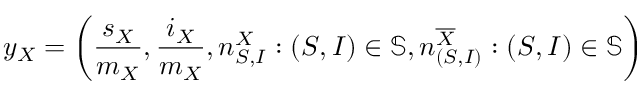
y _ { X } = \left( \frac { s _ { X } } { m _ { X } } , \frac { i _ { X } } { m _ { X } } , n _ { S , I } ^ { X } : ( S , I ) \in \mathbb { S } , n _ { ( S , I ) } ^ { \overline { { X } } } : ( S , I ) \in \mathbb { S } \right)